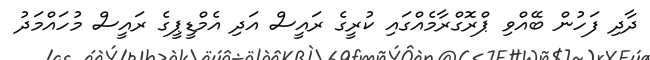
ދާދި ފަހުން ބޭއްވި ޕްރޮގްރާމެއްގައި ކުރީގެ ރައީސް އަދި އެމްޑީޕީގެ ރައީސް މުހައްމަދު